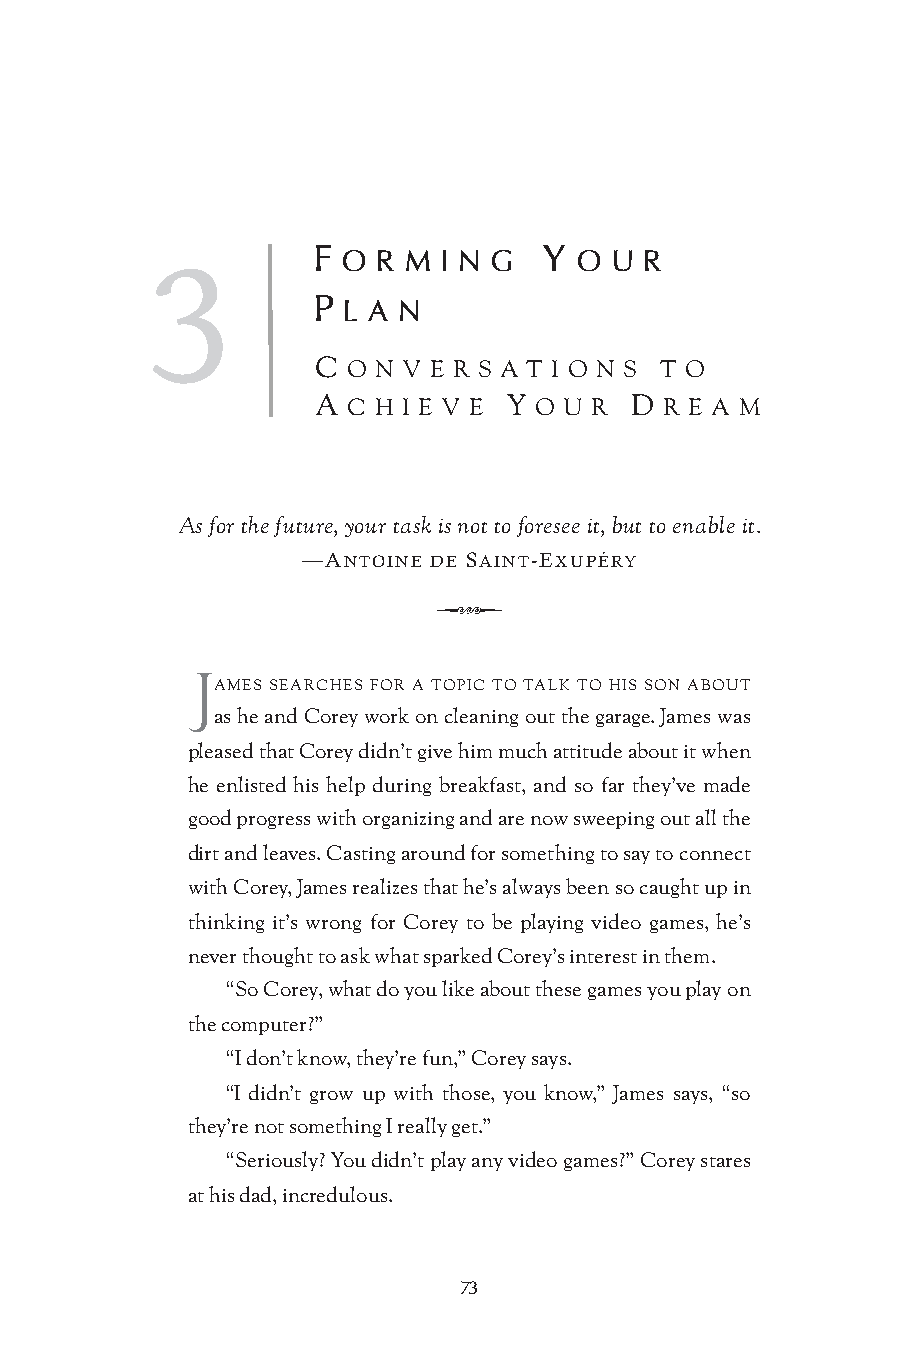
3          F O R M I N G  Y O  U R
 P L A N
 C O N V E R S A T I O N S T O
 A C H I E V E Y O U R D R E A M
 As for the future, your task is not to foresee it, but to enable it.
 —ANTOINE DE SAINT-EXUPÉRY
 Q
 J
 AMES SEARCHES FOR A TOPIC TO TALK TO HIS SON ABOUT
 as he and Corey work on cleaning out the garage. James was
 pleased that Corey didn’t give him much attitude about it when
 he enlisted his help during breakfast, and so far they’ve made
 good progress with organizing and are now sweeping out all the
 dirt and leaves. Casting around for something to say to connect
 with Corey, James realizes that he’s always been so caught up in
 thinking it’s wrong for Corey to be playing video games, he’s
 never thought to ask what sparked Corey’s interest in them.
 “So Corey, what do you like about these games you play on
 the computer?”
 “I don’t know, they’re fun,” Corey says.
 “I didn’t grow up with those, you know,” James says, “so
 they’re not something I really get.”
 “Seriously? You didn’t play any video games?” Corey stares
 at his dad, incredulous.
 73